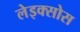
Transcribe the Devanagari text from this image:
लेइक्सोस